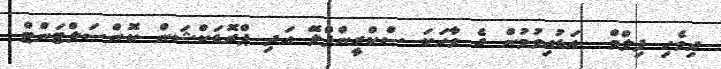
ދިވެހި ފިލްމް  އަޑުއިވުމުން ގެ ވާހަކަ ސްކްރީންޕްލޭ އަދި ޕްރޮޑަކްޝަން ކޮންސަލްޓަންޓް